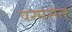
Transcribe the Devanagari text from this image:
परमसंत